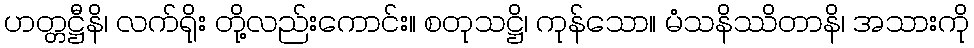
ဟတ္တဋ္ဌီနိ၊ လက်ရိုး တို့လည်းကောင်း။ စတုသဋ္ဌိ၊ ကုန်သော။ မံသနိဿိတာနိ၊ အသားကို